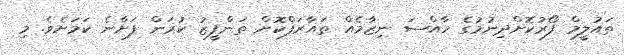
ތައުލީމް ފޯރުކޮށްދިނުމުގެ ހާއްސަ ނިޒާމެއް ތައާރަފްކޮށް ތަންފީޒު ކުރަން ފަށާނެ ކަމަށެވެ. މި